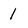
Character: 1